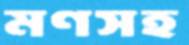
মণসহ